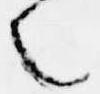
之